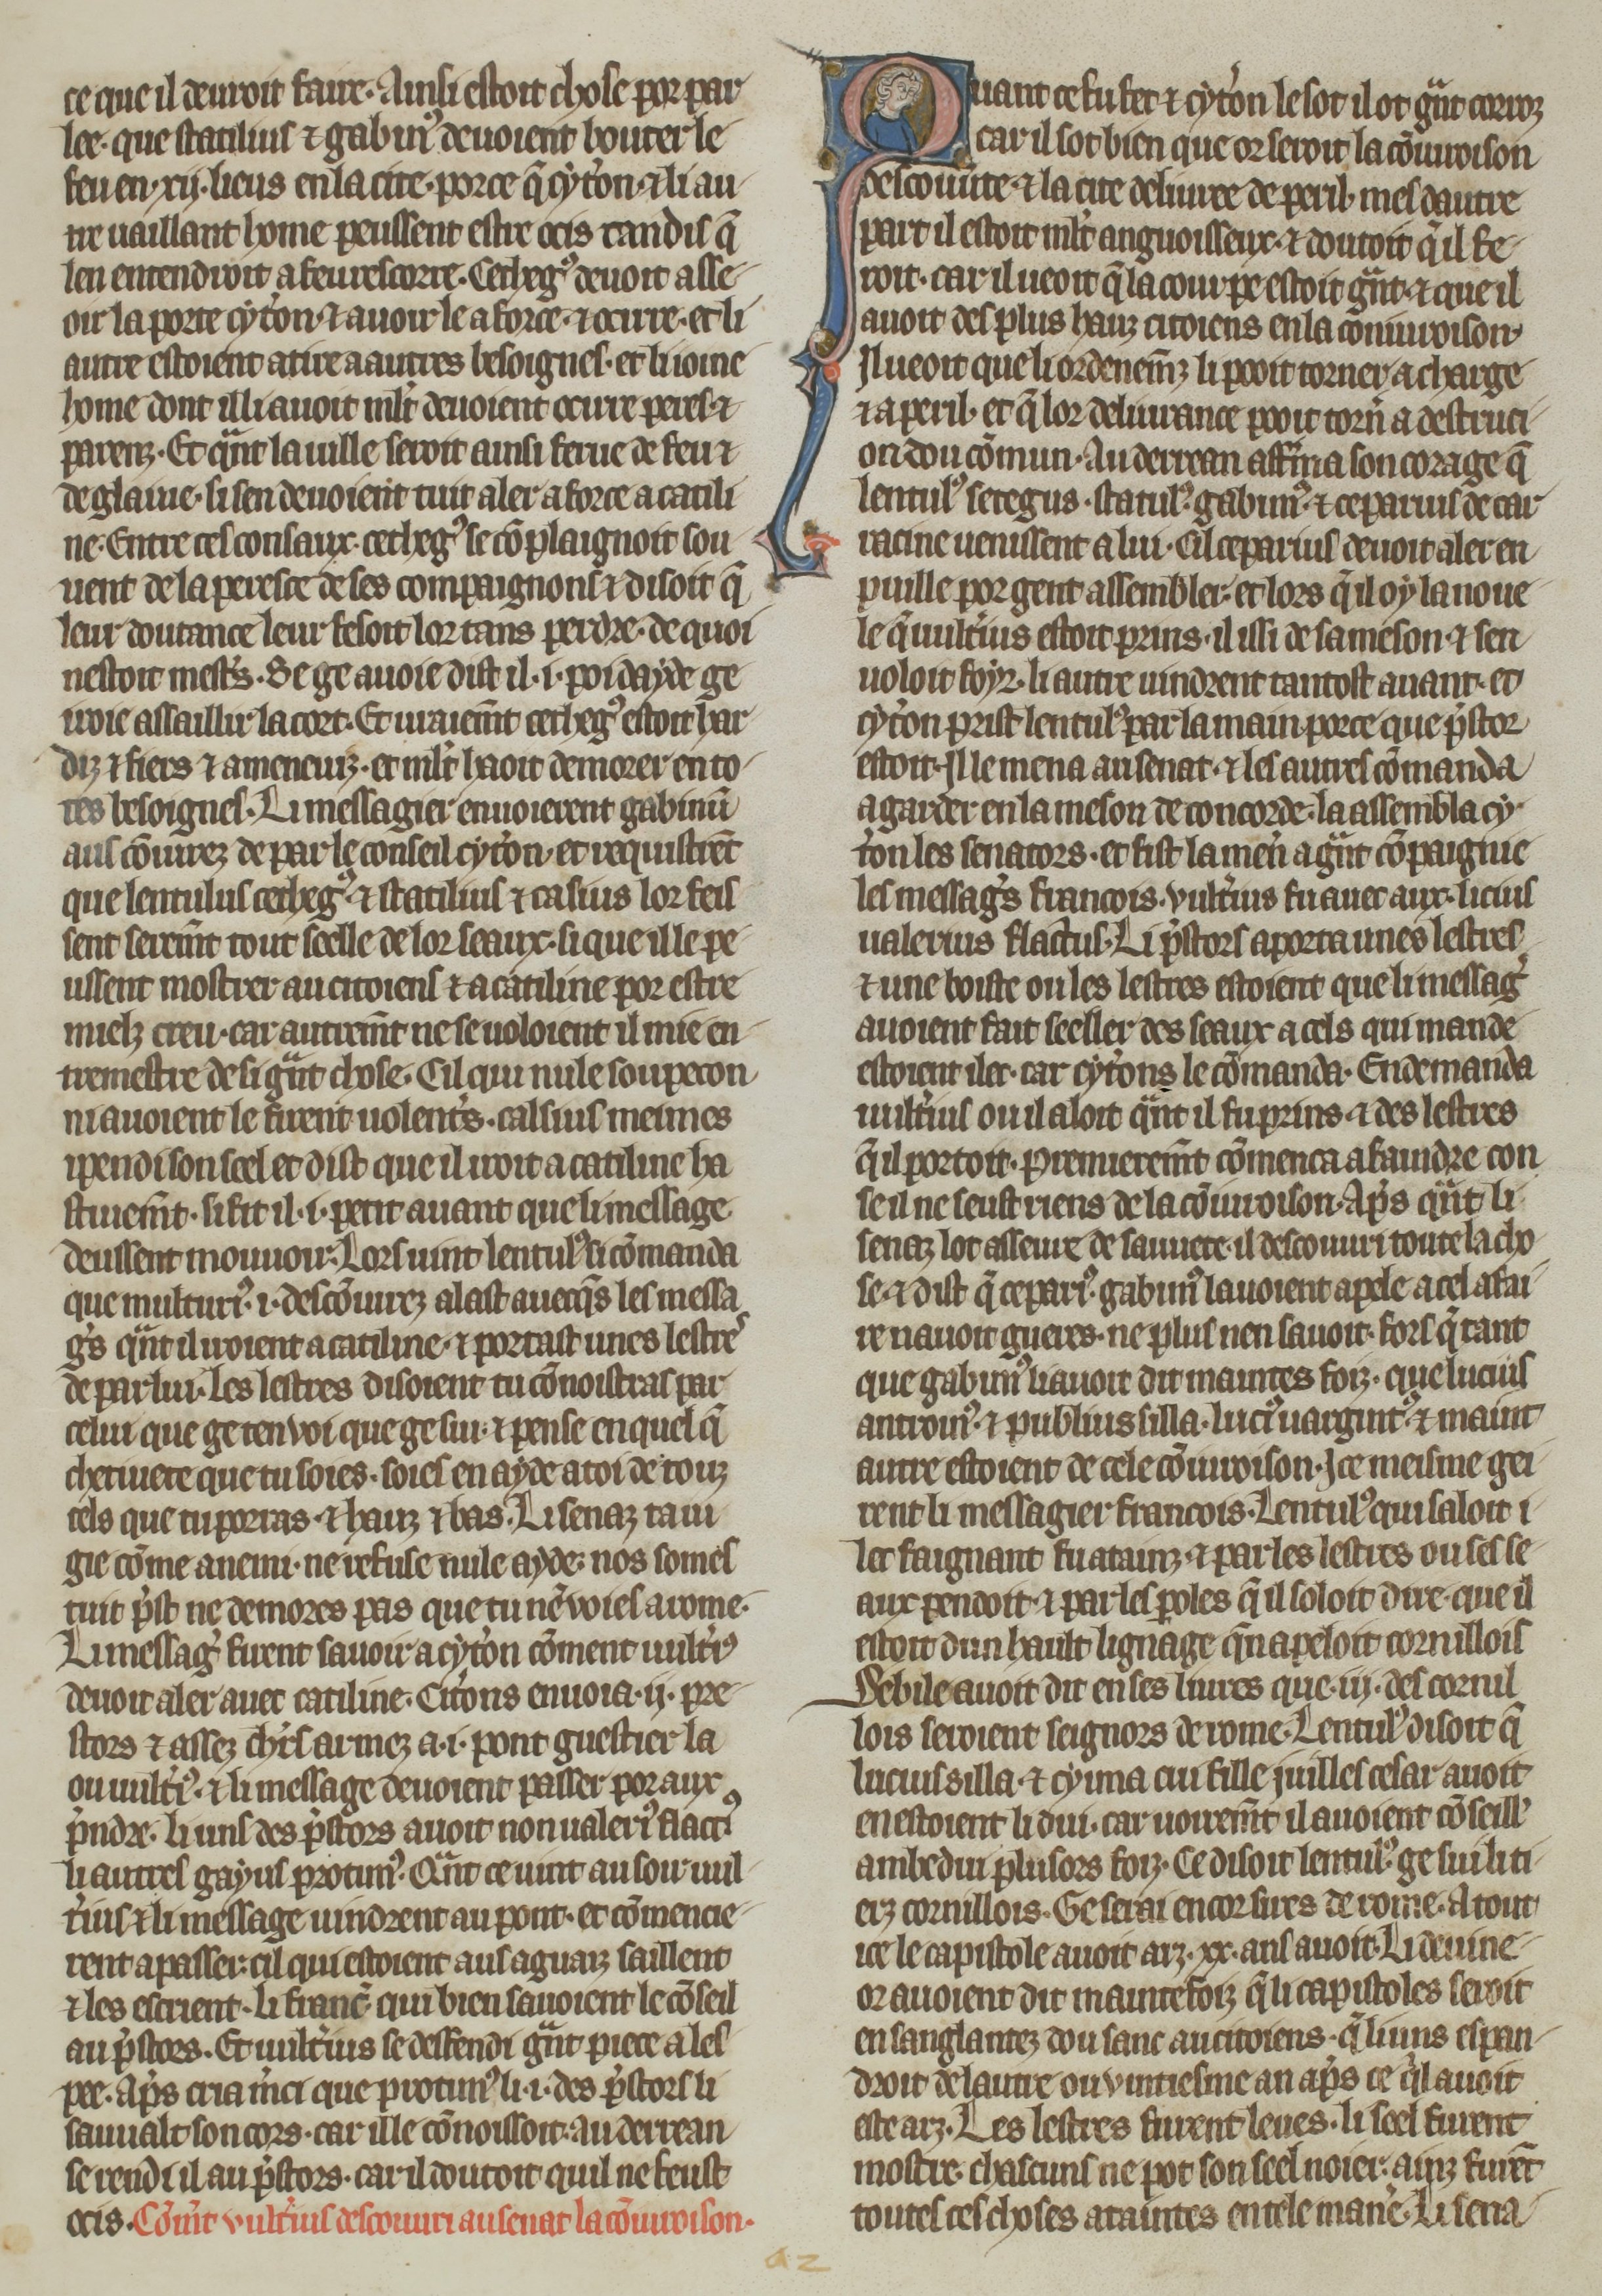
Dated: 1270–1299